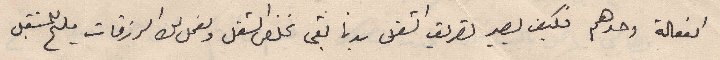
الفعالة وحدهم فكيف يصير تصريف الشغل بدنا بقى نخلص الشغل ونعمل لك الرزقات مليح للمستقبل